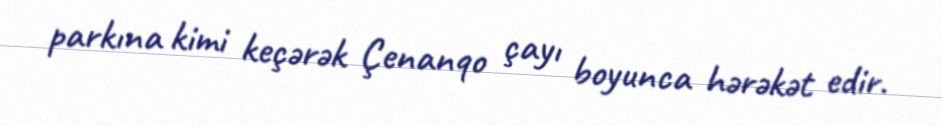
parkına kimi keçərək Çenanqo çayı boyunca hərəkət edir.